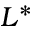
L ^ { * }